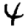
Digit: 4